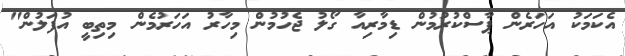
އެކަމަކު އަހަރެން ޕާސްކުރުމުން ޑިމާރިއާ ގޯލު ޖެހުމުން މިހާރު އަހަރުމެން މިތިބީ އުފަލުން"